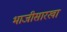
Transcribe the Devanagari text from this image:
भाजीसारखा